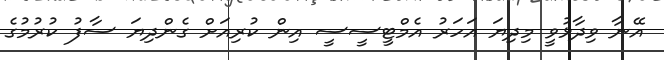
އޭނާ ވިދާޅުވީ މިދިޔަ އަހަރު އެމްޓީސީސީ އިން ކުރިއަށް ގެންދިޔަ ސާފު ކުރުމުގެ